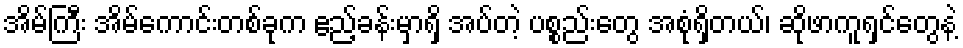
အိမ်ကြီး အိမ်ကောင်းတစ်ခုက ဧည့်ခန်းမှာရှိ အပ်တဲ့ ပစ္စည်းတွေ အစုံရှိတယ်၊ ဆိုဖာကူရှင်တွေနဲ့